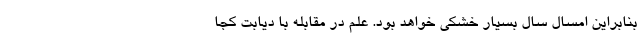
بنابراین امسال سال بسیار خشکی خواهد بود. علم در مقابله با دیابت کجا